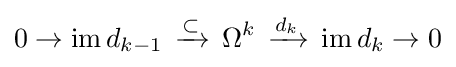
0\to \mathrm {im} \,d_{k-1}\,\xrightarrow {\subset } \,\Omega ^{k}\,\xrightarrow {d_{k}} \,\mathrm {im} \,d_{k}\to 0